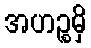
အဟဉ္စမှိ